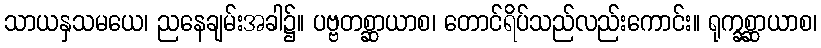
သာယနှသမယေ၊ ညနေချမ်းအခါ၌။ ပဗ္ဗတစ္ဆာယာစ၊ တောင်ရိပ်သည်လည်းကောင်း။ ရုက္ခစ္ဆာယာစ၊